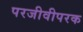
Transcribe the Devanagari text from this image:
परजीवीपरक